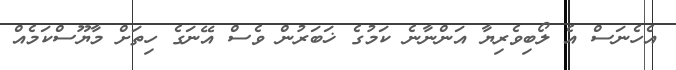
އެހެނަސް އެ ލޯބިވެރިޔާ އަންނާނެ ކަމުގެ ޚަބަރުން ވެސް އޭނަގެ ހިތަށް މާޔޫސްކަމެއް